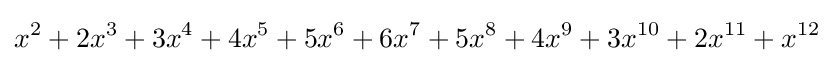
x^{2}+2x^{3}+3x^{4}+4x^{5}+5x^{6}+6x^{7}+5x^{8}+4x^{9}+3x^{10}+2x^{11}+x^{12}